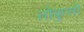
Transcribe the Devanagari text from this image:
तोकुसो